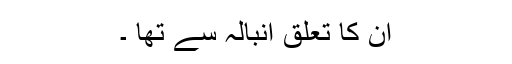
ان کا تعلق انبالہ سے تھا ۔